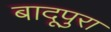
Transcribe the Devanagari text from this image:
बादूपुरा